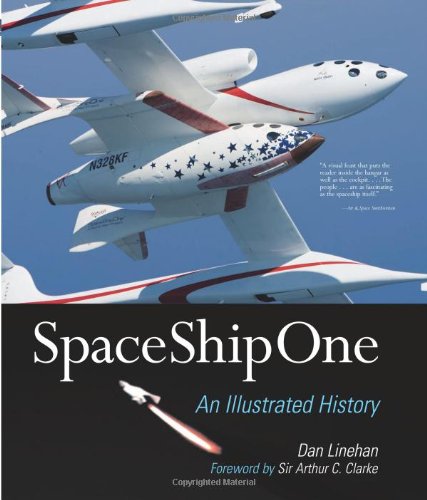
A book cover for SpaceShipOne: An Illustrated History; Dan Linehan; Arts & Photography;